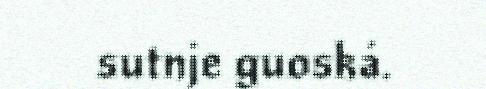
sutnje guoská.